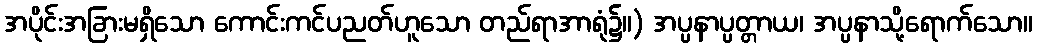
အပိုင်းအခြားမရှိသော ကောင်းကင်ပညတ်ဟူသော တည်ရာအာရုံ၌။) အပ္ပနာပ္ပတ္တာယ၊ အပ္ပနာသို့ရောက်သော။